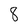
Character: 8